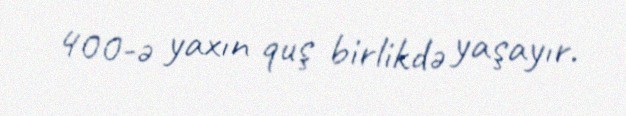
400-ə yaxın quş birlikdə yaşayır.